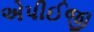
એપીઈજી